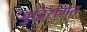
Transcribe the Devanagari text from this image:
बुद्विसंगत